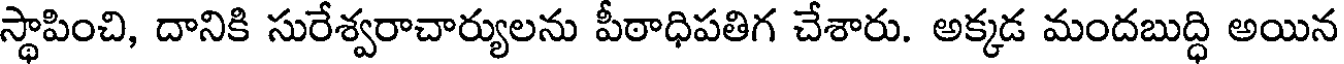
స్థాపించి, దానికి సురేశ్వరాచార్యులను పీఠాధిపతిగ చేశారు. అక్కడ మందబుద్ధి అయిన